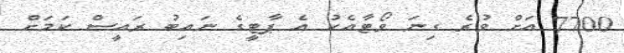
7700 އަށް ވުރެ ގިނަ ވޯޓާއެކު އެ ޕާޓީގެ ނައިބު ރައީސް ކަމަށް